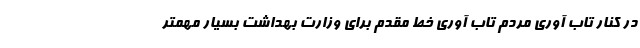
در کنار تاب آوری مردم تاب آوری خط مقدم برای وزارت بهداشت بسیار مهمتر